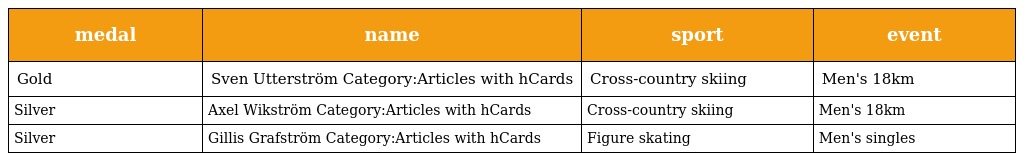
| medal | name | sport | event |
 | --- | --- | --- | --- |
 | Gold | Sven Utterström Category:Articles with hCards | Cross-country skiing | Men's 18km |
 | Silver | Axel Wikström Category:Articles with hCards | Cross-country skiing | Men's 18km |
 | Silver | Gillis Grafström Category:Articles with hCards | Figure skating | Men's singles |